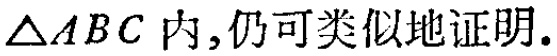
$\triangle ABC$内,仍可类似地证明.